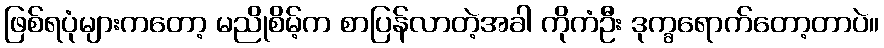
ဖြစ်ရပုံများကတော့ မညိုစိမ့်က စာပြန်လာတဲ့အခါ ကိုကံဦး ဒုက္ခရောက်တော့တာပဲ။